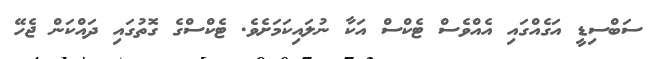
ސަބްސިޑީ އަގެއްގައި އެއްވެސް ޓެކްސް އަކާ ނުލައިކަމަށެވެ. ޓެކްސްގެ ގޮތުގައި ދައްކަން ޖެހޭ